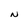
Character: N